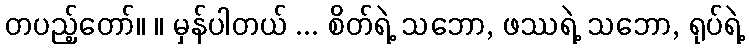
တပည့်တော်။ ။ မှန်ပါတယ် ... စိတ်ရဲ့ သဘော, ဖဿရဲ့ သဘော, ရုပ်ရဲ့